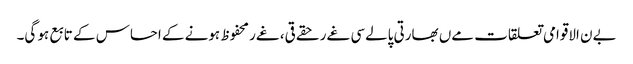
بےن الاقوامی تعلقات مےں بھارتی پالےسی غےر حقےقی، غےر محفوظ ہونے کے احساس کے تابع ہو گی۔